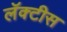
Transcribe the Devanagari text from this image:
लॅक्‍टीस